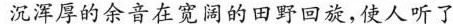
沉浑厚的余音在宽阔的田野回旋，使人听了